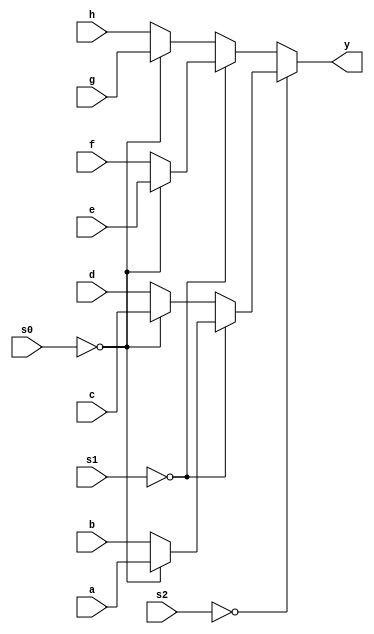
module mux8X1(
input [3:0]a,b,c,d,e,f,g,h,s2,s1,s0,
output [3:0]y);

assign y= (s2==0)?(s1==0)?(s0==0)?a:b
                         :(s0==0)?c:d
                 :(s1==0)?(s0==0)?e:f
                         :(s0==0)?g:h;

endmodule